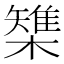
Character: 𣜫